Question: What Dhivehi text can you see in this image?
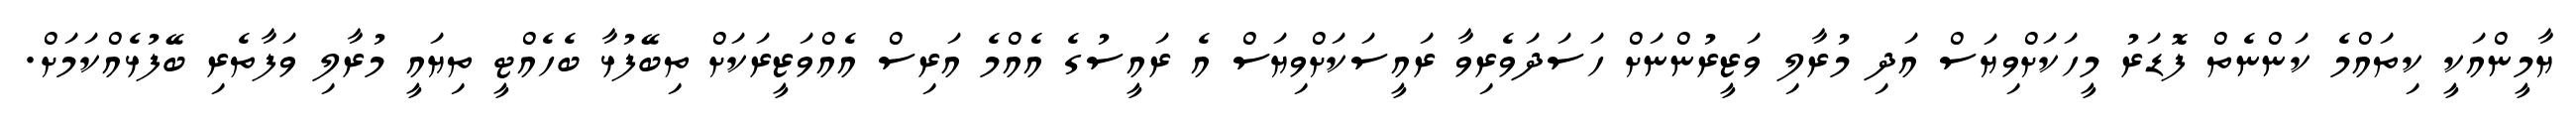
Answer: ޔާމީންއަކީ ކިތައްމެ ކަންނެތް ފޮޑަރު މީހަކަށްވިޔަސް އަދި މުރާލި ވަޒީރުންނަށް ހަސަދަވެރިވާ ރައީސަކަށްވިޔަސް އެ ރައީސުގެ އެއްމެ އަރިސް އެއްވަޒީރަކަށް ތިބޭފުޅާ ބެހެއްޓީ ތިޔައީ މުރާލި ވަފާތެރި ބޭފުޅެއްކަމަށް.